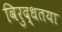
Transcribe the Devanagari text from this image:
विरुद्धतया